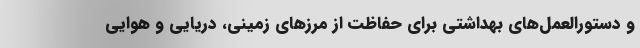
و دستورالعمل‌های بهداشتی برای حفاظت از مرزهای زمینی، دریایی و هوایی